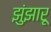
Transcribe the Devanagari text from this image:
झुंझारू